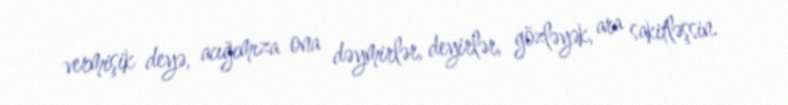
vermişik deyə, acığımıza ona dəymirlər, deyirlər, gözləyək, ara sakitləşsin.